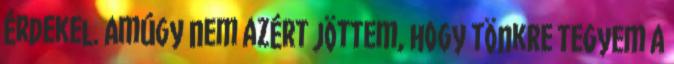
érdekel. Amúgy nem azért jöttem, hogy tönkre tegyem a